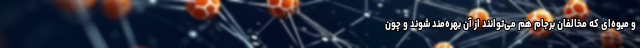
و میوه‌ای که مخالفان برجام هم می‌توانند از آن بهره‌مند شوند و چون